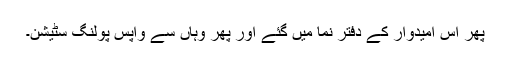
پھر اس امیدوار کے دفتر نما میں گئے اور پھر وہاں سے واپس پولنگ سٹیشن۔